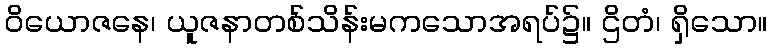
ဝိယောဇနေ၊ ယူဇနာတစ်သိန်းမကသောအရပ်၌။ ဌိတံ၊ ရှိသော။